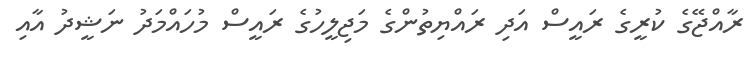
ރާއްޖޭގެ ކުރީގެ ރައީސް އަދި ރައްޔިތުންގެ މަޖިލީހުގެ ރައީސް މުހައްމަދު ނަޝީދު އާއި